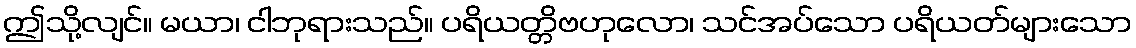
ဤသို့လျင်။ မယာ၊ ငါဘုရားသည်။ ပရိယတ္တိဗဟုလော၊ သင်အပ်သော ပရိယတ်များသော